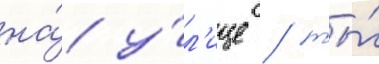
на́ у́л'ице / ты́